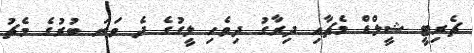
ޗެރިޓީ ޝީލްޑް މެޗާއި ދިރާގު ދިވެހި ލީގުގެ ދެ ވަނަ ބުރުގެ މެޗު